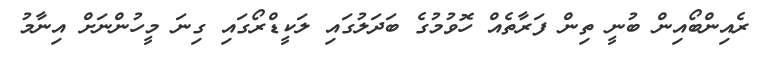
ރެއިންބޯއިން ބުނީ ތިން ފަރާތެއް ހޮވުމުގެ ބަދަލުގައި ލަކީޑްރޯގައި ގިނަ މީހުންނަށް އިނާމު